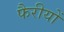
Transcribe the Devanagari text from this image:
फैरीयों